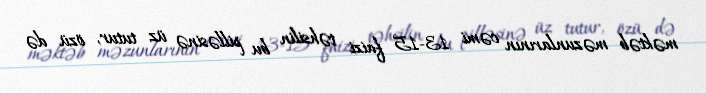
məktəb məzunlarının cəmi 13-15 faizi təhsilin bu pilləsinə üz tutur, özü də